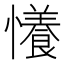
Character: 懩